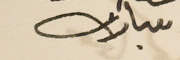
مبارك